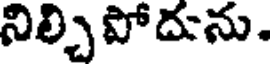
నిల్చిపోదును.